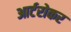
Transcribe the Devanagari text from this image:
आर्टरोकर